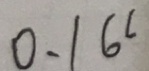
0 . 1 6 6